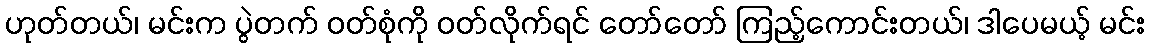
ဟုတ်တယ်၊ မင်းက ပွဲတက် ဝတ်စုံကို ဝတ်လိုက်ရင် တော်တော် ကြည့်ကောင်းတယ်၊ ဒါပေမယ့် မင်း